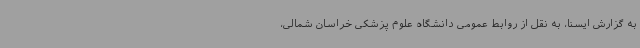
به گزارش ایسنا، به نقل از روابط عمومی دانشگاه علوم پزشکی خراسان شمالی،